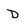
Character: D